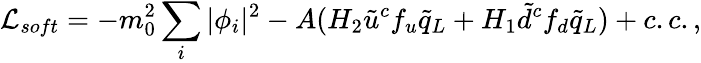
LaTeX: {\cal L}_{soft}=-m_{0}^{2}\sum_{i}|\phi_{i}|^{2}-A(H_{2}\tilde{u}^{c}f_{u}\tilde{q}_{L}+H_{1}\tilde{d}^{c}f_{d}\tilde{q}_{L})+c.c.,